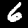
Digit: 6